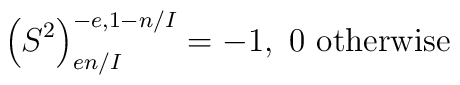
\left(S^{2}\right)_{en/I}^{-e,1-n/I}=-1,\ 0\mbox{ otherwise}